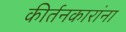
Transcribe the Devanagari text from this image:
कीर्तनकारांना